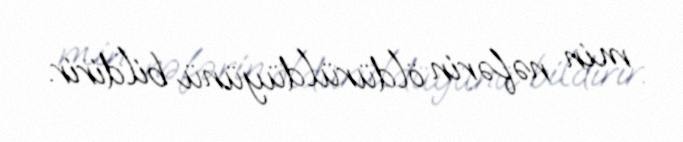
min nəfərin öldürüldüyünü bildirir.